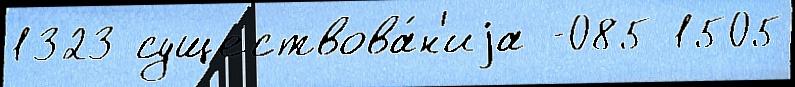
1323 существова́н'иjа -085 1505